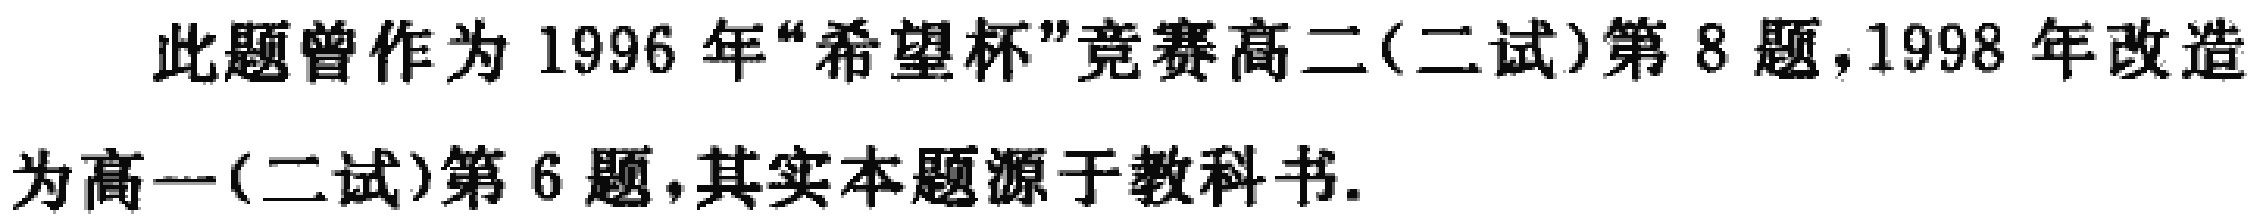
此题曾作为 1996 年“希望杯”竞赛高二(二试)第 8 题，1998 年改造为高一(二试)第 6 题，其实本题源于教科书.